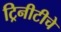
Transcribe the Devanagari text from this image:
ट्रिनीटीचे